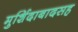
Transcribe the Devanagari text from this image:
मुर्शिदाबादसह